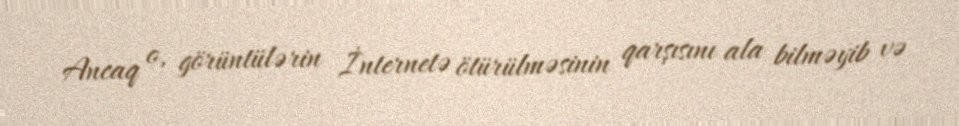
Ancaq o, görüntülərin İnternetə ötürülməsinin qarşısını ala bilməyib və